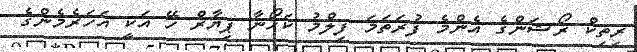
ރިތިކް ރޯޝަންގެ އެންމެ ފުރަތަމަ ފިލްމު ކަހޯނާ ޕިޔާރް ހޭ އަކީ އަހަރެމެންގެ